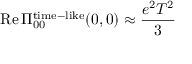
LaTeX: \mathrm { R e } \, \Pi _ { 0 0 } ^ { \mathrm { t i m e } - \mathrm { l i k e } } ( 0 , 0 ) \approx { \frac { e ^ { 2 } T ^ { 2 } } { 3 } }